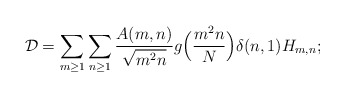
\begin{align*}\mathcal{D} = \sum_{m \geq 1} \sum_{n \geq 1} \frac{A(m,n)}{\sqrt{m^2 n}}g\Big(\frac{m^2 n}{N}\Big) \delta(n,1) H_{m,n};\end{align*}